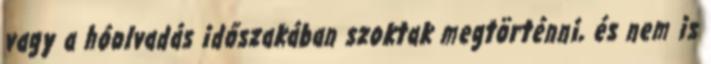
vagy a hóolvadás időszakában szoktak megtörténni, és nem is